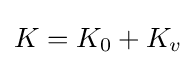
K=K_{0}+K_{v}